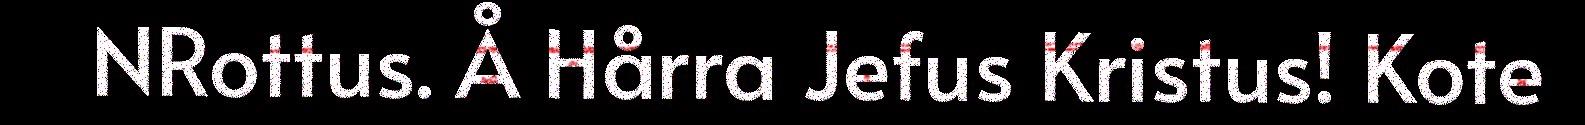
NRottus. Å Hårra Jefus Kristus! Kote